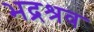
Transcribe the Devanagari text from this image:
भद्रश्रव